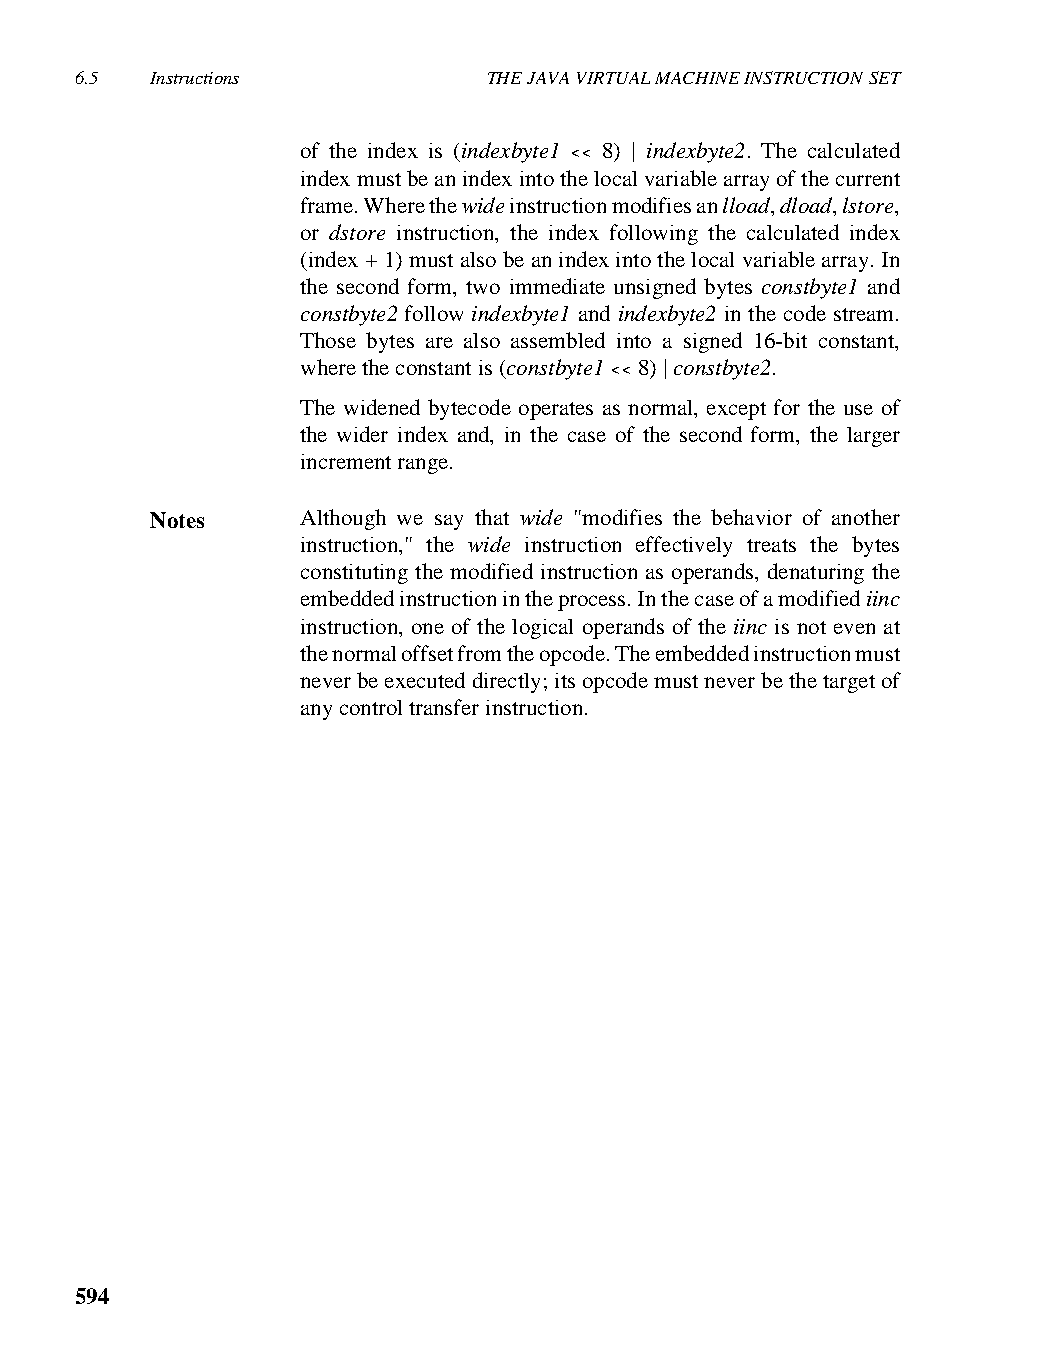
6.5  Instructions          THE JAVA VIRTUAL MACHINE INSTRUCTION SET
 of the index is (indexbyte1 << 8) | indexbyte2. The calculated
 index must be an index into the local variable array of the current
 frame. Where the wide instruction modifies an lload, dload, lstore,
 or dstore instruction, the index following the calculated index
 (index + 1) must also be an index into the local variable array. In
 the second form, two immediate unsigned bytes constbyte1 and
 constbyte2 follow indexbyte1 and indexbyte2 in the code stream.
 Those bytes are also assembled into a signed 16-bit constant,
 where the constant is (constbyte1 << 8) | constbyte2.
 The widened bytecode operates as normal, except for the use of
 the wider index and, in the case of the second form, the larger
 increment range.
 Notes     Although we say that wide "modifies the behavior of another
 instruction," the wide instruction effectively treats the bytes
 constituting the modified instruction as operands, denaturing the
 embedded instruction in the process. In the case of a modified iinc
 instruction, one of the logical operands of the iinc is not even at
 the normal offset from the opcode. The embedded instruction must
 never be executed directly; its opcode must never be the target of
 any control transfer instruction.
 594